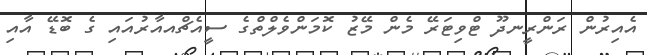
އެއިރުން ރަންރީނދޫ ޓްވިޓަރޭ މެން މޭޒު ކޮމަންވެލްތްގެ ސީއެޗްއއާރުއައި ގެ ބޮޑޭ އާއި